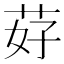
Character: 䒵